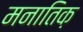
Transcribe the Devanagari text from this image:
मनातिक़